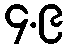
၄.၉